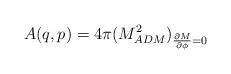
LaTeX: \begin{align*}A(q,p) = 4 \pi (M^2_{ADM} )_{{\partial M \over \partial \phi}=0}\end{align*}